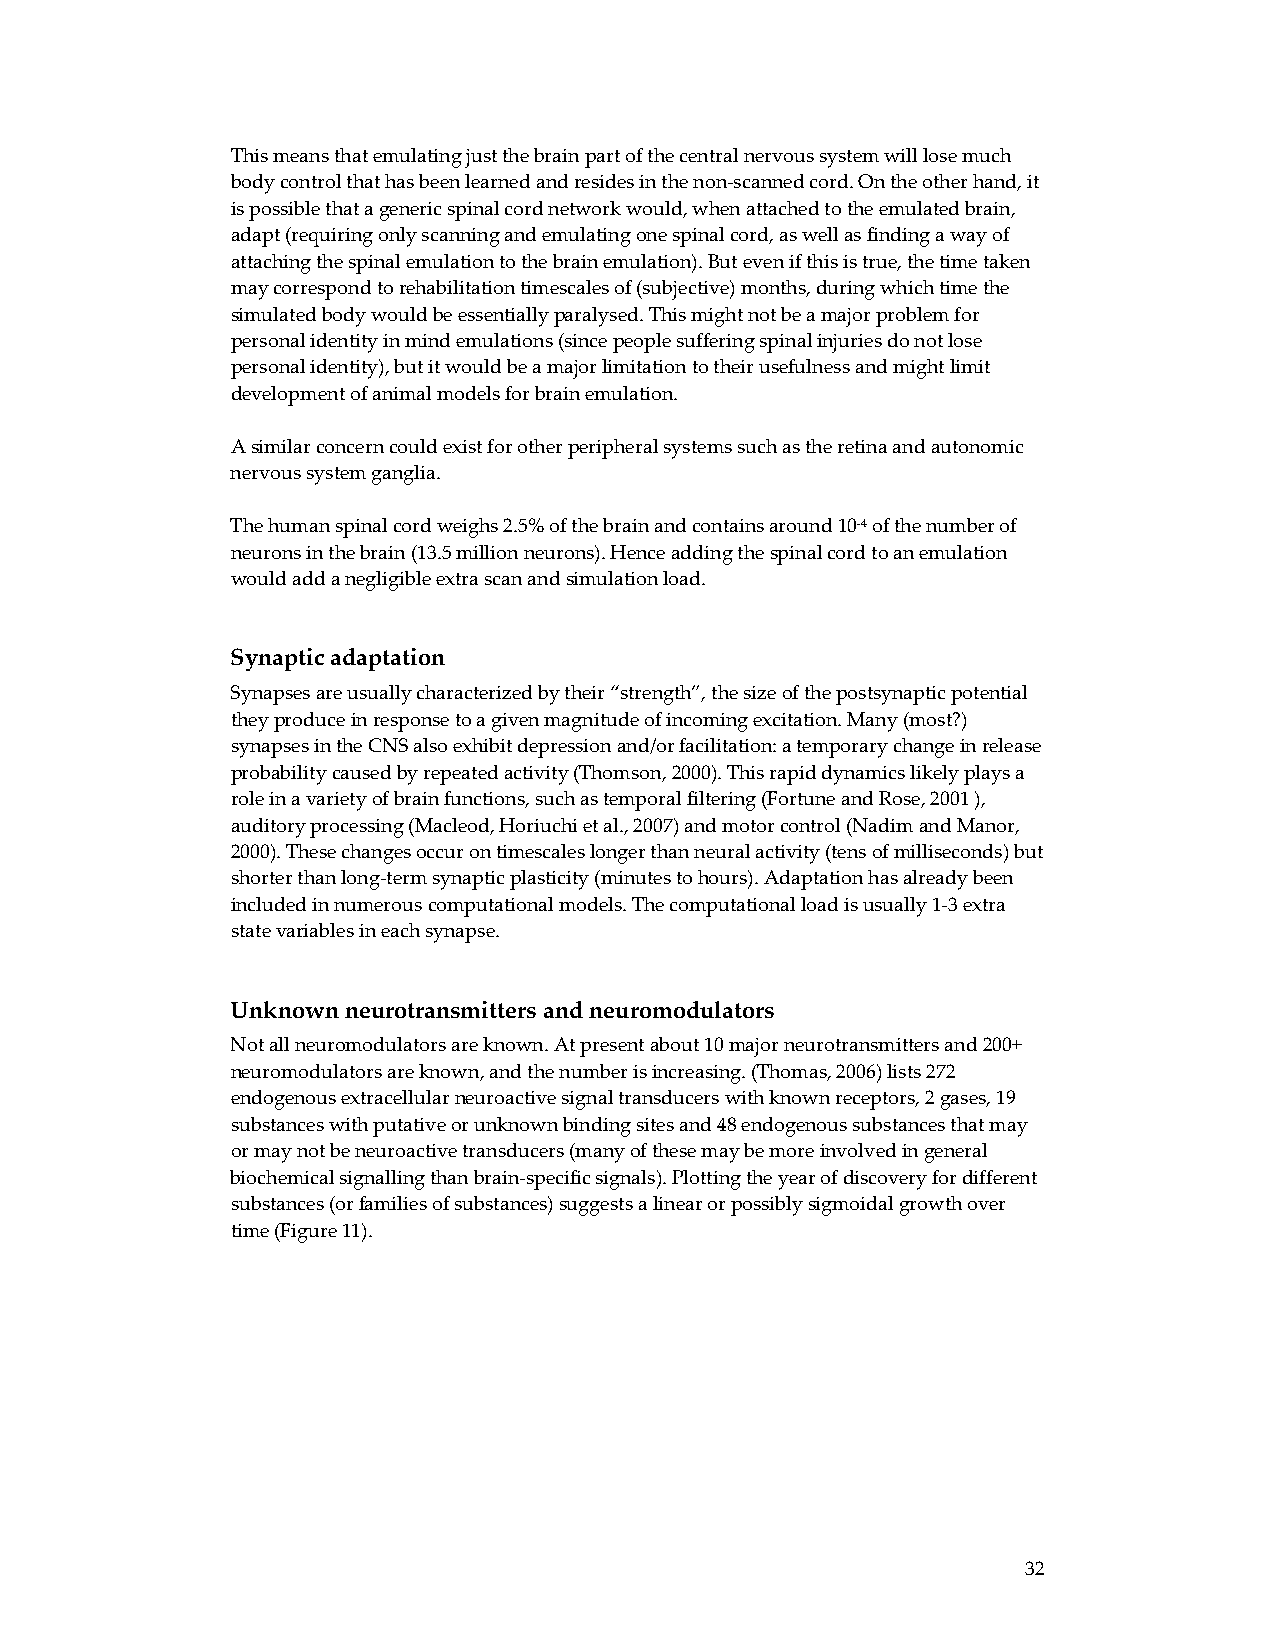
This means that emulating just the brain part of the central nervous system will lose much
 body control that has been learned and resides in the non‐scanned cord. On the other hand, it
 is possible that a generic spinal cord network would, when attached to the emulated brain,
 adapt (requiring only scanning and emulating one spinal cord, as well as finding a way of
 attaching the spinal emulation to the brain emulation). But even if this is true, the time taken
 may correspond to rehabilitation timescales of (subjective) months, during which time the
 simulated body would be essentially paralysed. This might not be a major problem for
 personal identity in mind emulations (since people suffering spinal injuries do not lose
 personal identity), but it would be a major limitation to their usefulness and might limit
 development of animal models for brain emulation.
 A similar concern could exist for other peripheral systems such as the retina and autonomic
 nervous system ganglia.
 The human spinal cord weighs 2.5% of the brain and contains around 10‐4 of the number of
 neurons in the brain (13.5 million neurons). Hence adding the spinal cord to an emulation
 would add a negligible extra scan and simulation load.
 Synaptic adaptation
 Synapses are usually characterized by their “strength”, the size of the postsynaptic potential
 they produce in response to a given magnitude of incoming excitation. Many (most?)
 synapses in the CNS also exhibit depression and/or facilitation: a temporary change in release
 probability caused by repeated activity (Thomson, 2000). This rapid dynamics likely plays a
 role in a variety of brain functions, such as temporal filtering (Fortune and Rose, 2001 ),
 auditory processing (Macleod, Horiuchi et al., 2007) and motor control (Nadim and Manor,
 2000). These changes occur on timescales longer than neural activity (tens of milliseconds) but
 shorter than long‐term synaptic plasticity (minutes to hours). Adaptation has already been
 included in numerous computational models. The computational load is usually 1‐3 extra
 state variables in each synapse.
 Unknown neurotransmitters and neuromodulators
 Not all neuromodulators are known. At present about 10 major neurotransmitters and 200+
 neuromodulators are known, and the number is increasing. (Thomas, 2006) lists 272
 endogenous extracellular neuroactive signal transducers with known receptors, 2 gases, 19
 substances with putative or unknown binding sites and 48 endogenous substances that may
 or may not be neuroactive transducers (many of these may be more involved in general
 biochemical signalling than brain‐specific signals). Plotting the year of discovery for different
 substances (or families of substances) suggests a linear or possibly sigmoidal growth over
 time (Figure 11).
 32